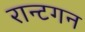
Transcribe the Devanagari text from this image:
रान्टगन